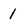
Character: 1